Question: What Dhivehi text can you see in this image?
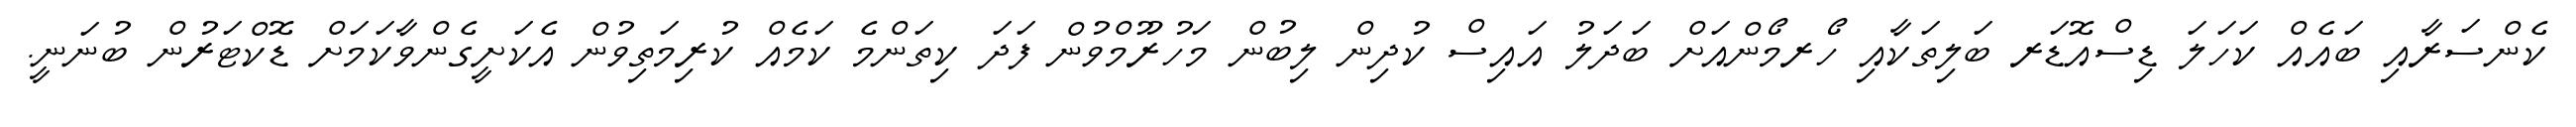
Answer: ކެންސަރާއި ބައެއް ކަހަލަ ޑިސްއޮޑަރ ބަލިތަކާއި ހޯރމޯންއަށް ބަދަލު އައިސް ކުދިން ލިބުން މަހުރޫމްވުން ފަދަ ކިތަންމެ ކަމެއް ކުރިމަތިވުން އެކަށީގެންވާކަމަށް ޑޮކްޓަރުން ބުނަނީ.